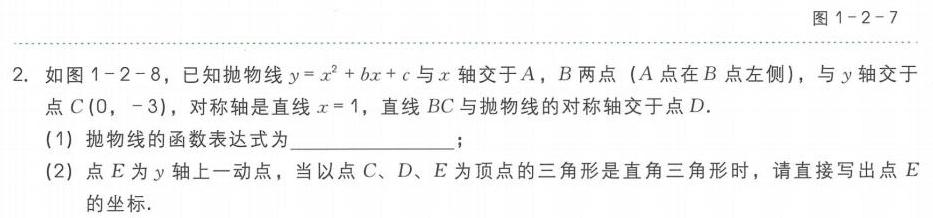
图1-2-7
2. 如图1-2-8，已知抛物线\(y = x^{2}+bx + c\)与\(x\)轴交于\(A\)，\(B\)两点 (\(A\)点在\(B\)点左侧)，与\(y\)轴交于点\(C(0,\ -3)\)，对称轴是直线\(x = 1\)，直线\(BC\)与抛物线的对称轴交于点\(D\)．
(1) 抛物线的函数表达式为____________；
(2) 点\(E\)为\(y\)轴上一动点，当以点\(C\)、\(D\)、\(E\)为顶点的三角形是直角三角形时，请直接写出点\(E\)的坐标．